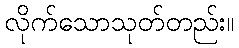
လိုက်သောသုတ်တည်း။